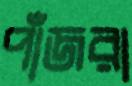
পাঁজরা